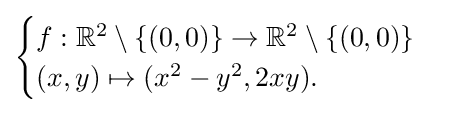
{\begin{cases}f:\mathbb {R} ^{2}\setminus \{(0,0)\}\to \mathbb {R} ^{2}\setminus \{(0,0)\}\\(x,y)\mapsto (x^{2}-y^{2},2xy).\end{cases}}